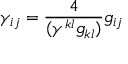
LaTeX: \gamma _ { i j } = \frac { 4 } { ( \gamma ^ { k l } g _ { k l } ) } g _ { i j }